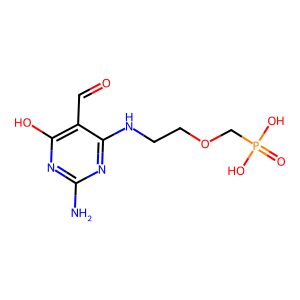
SMILES: Nc1nc(O)c(C=O)c(NCCOCP(=O)(O)O)n1
Inhibits HIV replication: No